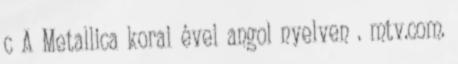
c A Metallica korai évei angol nyelven . mtv.com.